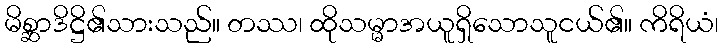
မိစ္ဆာဒိဋ္ဌိ၏သားသည်။ တဿ၊ ထိုသမ္မာအယူရှိသောသူငယ်၏။ ကိရိယံ၊